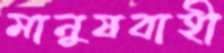
মানুষবাহী